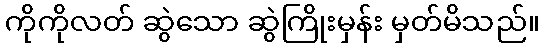
ကိုကိုလတ် ဆွဲသော ဆွဲကြိုးမှန်း မှတ်မိသည်။